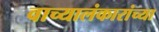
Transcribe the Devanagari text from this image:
वाच्यालंकारांच्या